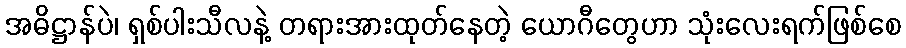
အဓိဋ္ဌာန်ပဲ၊ ရှစ်ပါးသီလနဲ့ တရားအားထုတ်နေတဲ့ ယောဂီတွေဟာ သုံးလေးရက်ဖြစ်စေ